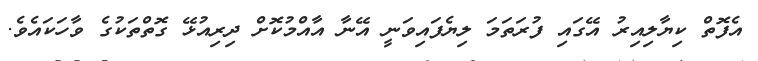
އެފޮތް ކިޔާލިއިރު އޭގައި ފުރަތަމަ ލިޔެފައިވަނީ އޭނާ އާއްމުކޮށް ދިރިއުޅޭ ގޮތްތަކުގެ ވާހަކައެވެ.